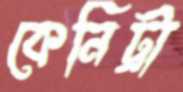
কেনিট্রা